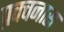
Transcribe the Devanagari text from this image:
प्रवचनास